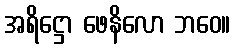
အရိဋ္ဌော ဖေနိလော ဘဝေ။